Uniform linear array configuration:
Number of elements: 4
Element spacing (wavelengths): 0.75
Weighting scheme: hamming
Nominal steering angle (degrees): -30
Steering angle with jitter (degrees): -28.364
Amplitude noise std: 0.05
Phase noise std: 0.05

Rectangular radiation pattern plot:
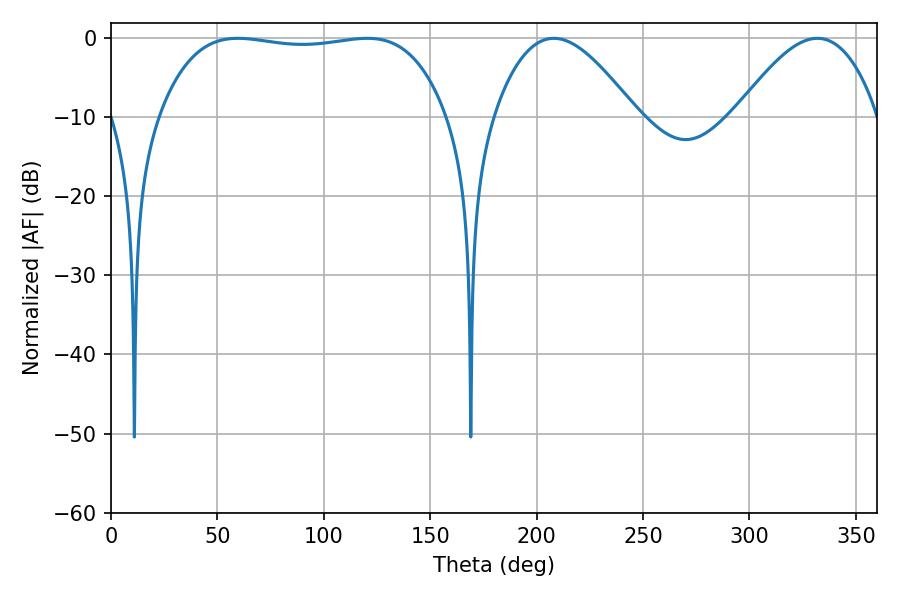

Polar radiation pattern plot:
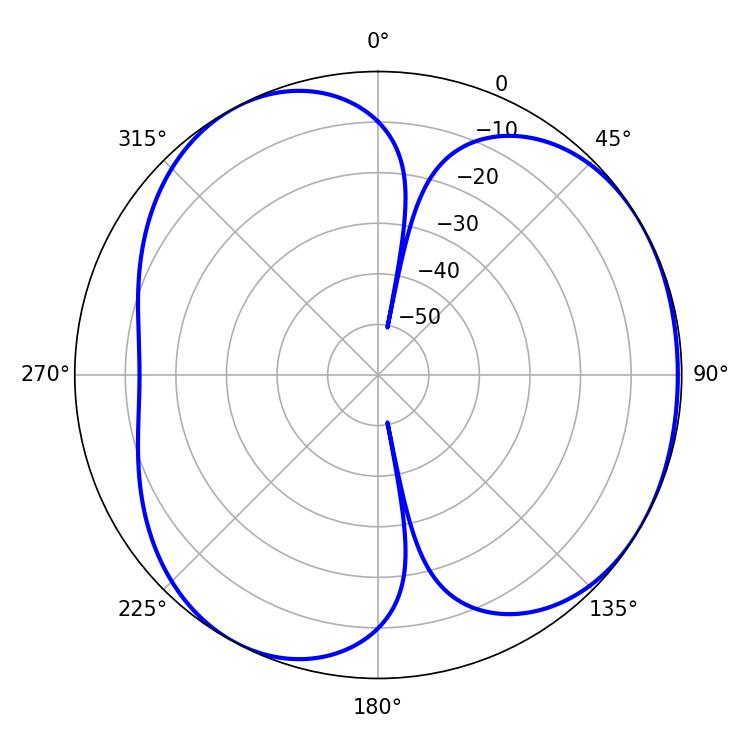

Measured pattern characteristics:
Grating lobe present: TRUE
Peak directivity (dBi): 4.099
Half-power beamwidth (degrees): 36.18
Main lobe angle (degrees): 208.08